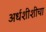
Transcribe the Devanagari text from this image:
अर्धशीशीचा